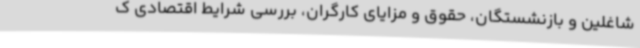
شاغلین و بازنشستگان، حقوق و مزایای کارگران، بررسی شرایط اقتصادی ک